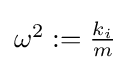
\textstyle \omega ^{2}:={\frac {k_{i}}{m}}